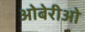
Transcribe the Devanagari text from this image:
ओबेरीओ